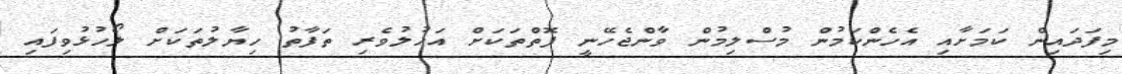
މިފަދައިން ކަމަށާއި އެހެންކަމުން މުސްލިމުން ވާންޖެހޭނީ ފޮތްތަކަށް އަހުލުވެރި ތަފާތު ހިޔާލުތަކަށް ލޯހުޅުވިފައި